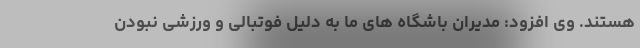
هستند. وی افزود: مدیران باشگاه های ما به دلیل فوتبالی و ورزشی نبودن